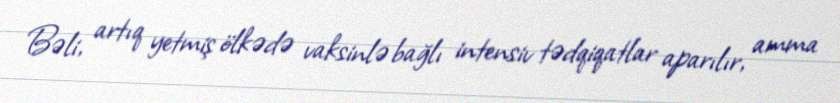
Bəli, artıq yetmiş ölkədə vaksinlə bağlı intensiv tədqiqatlar aparılır, amma